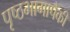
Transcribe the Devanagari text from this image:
पृष्ठभागापैकी